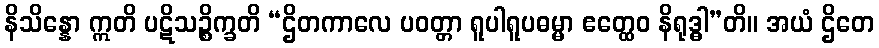
နိသိန္နော ဣတိ ပဋိသဉ္စိက္ခတိ “ဌိတကာလေ ပဝတ္တာ ရူပါရူပဓမ္မာ ဧတ္ထေဝ နိရုဒ္ဓါ”တိ။ အယံ ဌိတေ